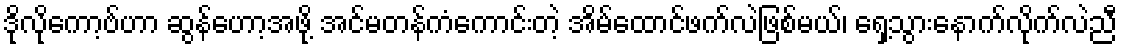
ဒိုလိုကော့ဗ်ဟာ ဆွန်ဟော့အဖို့ အင်မတန်ကံကောင်းတဲ့ အိမ်ထောင်ဖက်လဲဖြစ်မယ်၊ ရှေ့သွားနောက်လိုက်လဲညီ